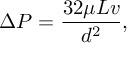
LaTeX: \Delta P = { \frac { 3 2 \mu L v } { d ^ { 2 } } } ,